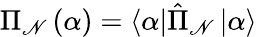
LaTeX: \Pi_{\mathscr{N}}\left(\alpha\right)=\left\langle\alpha\right|\hat{{\Pi}}_{\mathscr{N}}\left|\alpha\right\rangle